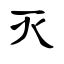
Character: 灭